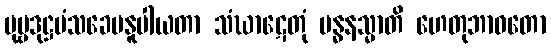
ပုဗ္ဗဒုဋ္ဌမံသခေပနူပါယတာ သံဃာဋေတုံ ဗန္ဓနသ္မာတိ ဟေတုဘာဝတော